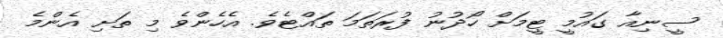
ސީނިއާ ގައުމީ ޓީމަށް ހޯދުނު ފުރަތަމަ ތައްޓެވެ. އެހެންވެ މި ތަށި އެންމެ